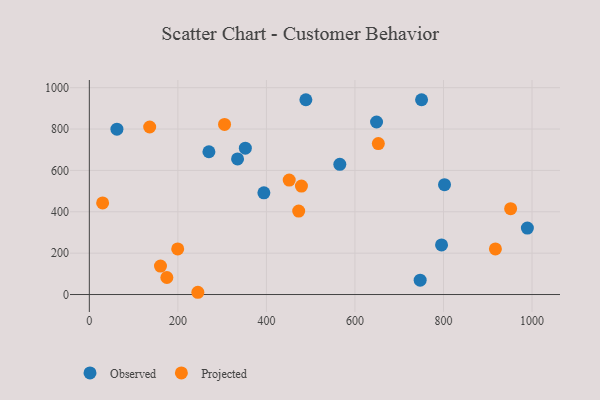
{"axis": {"x": "Price", "y": "Profit"}, "legend": ["Observed", "Projected"], "data": [{"x": "750.5", "y": 941.6, "type": "Observed"}, {"x": "352.4", "y": 707.3, "type": "Observed"}, {"x": "747.3", "y": 69.4, "type": "Observed"}, {"x": "489.1", "y": 941.7, "type": "Observed"}, {"x": "802.3", "y": 530.9, "type": "Observed"}, {"x": "565.8", "y": 629.5, "type": "Observed"}, {"x": "989.5", "y": 321.2, "type": "Observed"}, {"x": "394.3", "y": 491.5, "type": "Observed"}, {"x": "648.8", "y": 834.0, "type": "Observed"}, {"x": "795.6", "y": 240.0, "type": "Observed"}, {"x": "62.3", "y": 799.5, "type": "Observed"}, {"x": "270.1", "y": 690.3, "type": "Observed"}, {"x": "334.8", "y": 655.4, "type": "Observed"}, {"x": "175.1", "y": 82.4, "type": "Projected"}, {"x": "136.3", "y": 809.8, "type": "Projected"}, {"x": "472.9", "y": 403.3, "type": "Projected"}, {"x": "479.1", "y": 524.4, "type": "Projected"}, {"x": "199.6", "y": 220.3, "type": "Projected"}, {"x": "305.4", "y": 822.4, "type": "Projected"}, {"x": "451.5", "y": 553.5, "type": "Projected"}, {"x": "30.0", "y": 442.9, "type": "Projected"}, {"x": "917.3", "y": 220.4, "type": "Projected"}, {"x": "160.7", "y": 137.5, "type": "Projected"}, {"x": "245.1", "y": 10.9, "type": "Projected"}, {"x": "652.8", "y": 729.5, "type": "Projected"}, {"x": "951.7", "y": 415.0, "type": "Projected"}]}